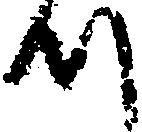
つ